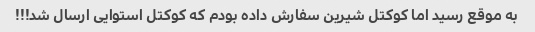
به موقع رسید اما کوکتل شیرین سفارش داده بودم که کوکتل استوایی ارسال شد!!!